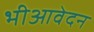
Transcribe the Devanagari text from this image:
भीआवेदन